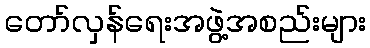
တော်လှန်ရေးအဖွဲ့အစည်းများ